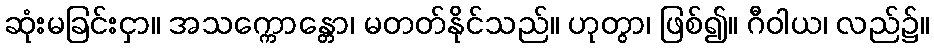
ဆုံးမခြင်းငှာ။ အသက္ကောန္တော၊ မတတ်နိုင်သည်။ ဟုတွာ၊ ဖြစ်၍။ ဂီဝါယ၊ လည်၌။